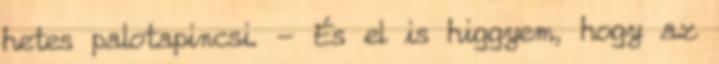
hetes palotapincsi. - És el is higgyem, hogy az